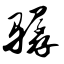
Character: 骣